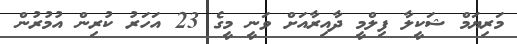
މަރިޔަމް ޝަކީލާ ފިލްމީ ދާއިރާއަށް ވަނީ މީގެ 23 އަހަރު ކުރިން އުމުރުން